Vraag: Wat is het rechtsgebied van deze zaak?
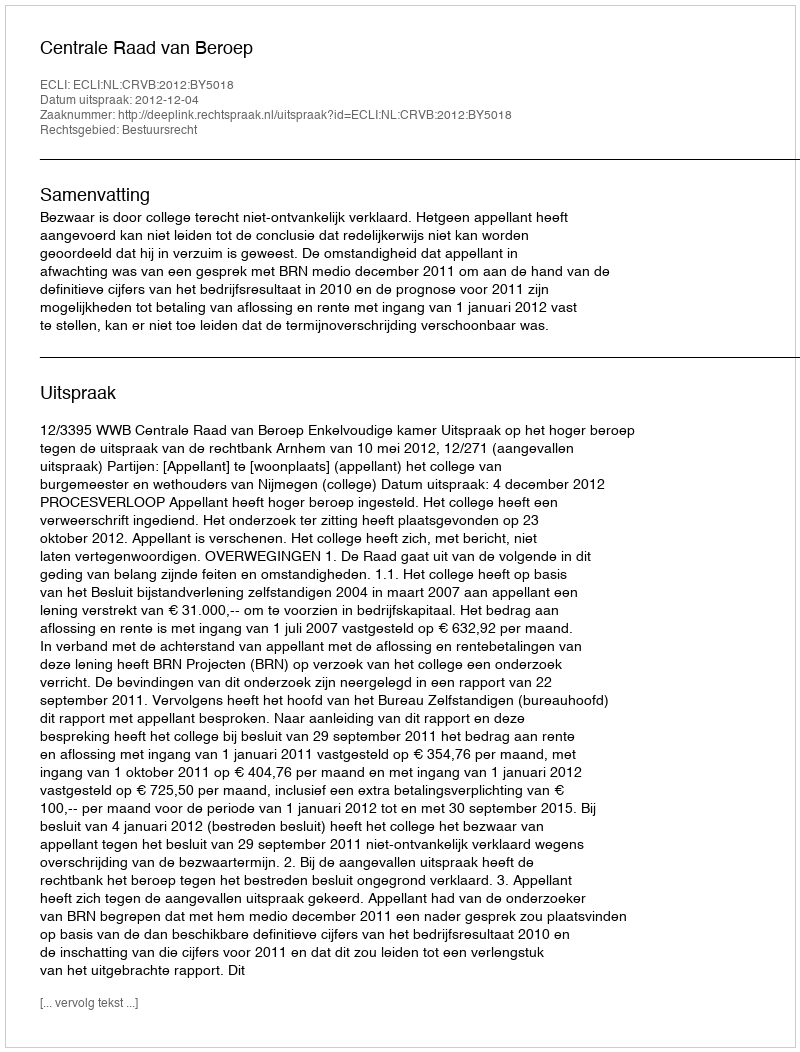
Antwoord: Bestuursrecht